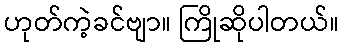
ဟုတ်ကဲ့ခင်ဗျာ။ ကြိုဆိုပါတယ်။